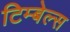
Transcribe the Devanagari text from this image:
टिम्बेल्स